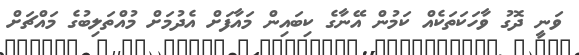
ވަނީ ދޮގު ވާހަކަތަކެއް ކަމުން އޭނާގެ ކިބައިން މައާފަށް އެދުމަށް މުއްތަލިބުގެ މައްޗަށް